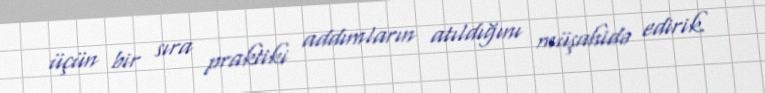
üçün bir sıra praktiki addımların atıldığını müşahidə edirik.